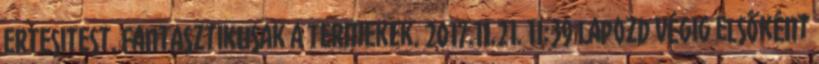
ertesitest. Fantasztikusak a termekek. 2017.11.21. 11:39 Lapozd végig elsőként